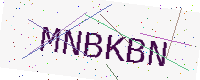
Text: MNBKBN